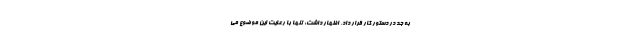
به جد در دستور کار قرار داد، اظهار داشت: تنها با رعایت این موضوع می